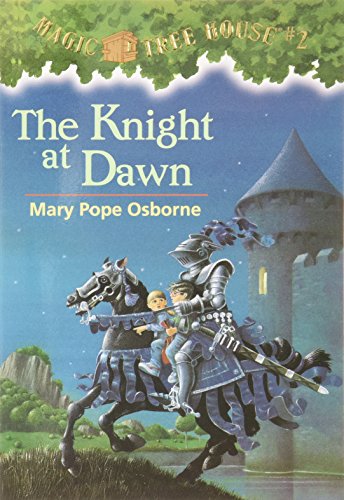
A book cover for The Knight at Dawn (Magic Tree House, No. 2); Mary Pope Osborne; Children's Books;